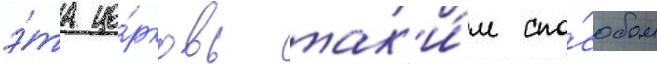
э́та це́рковь так'и́м спо́собом